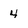
Character: 4